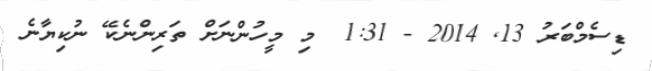
ޑިސެމްބަރު 13